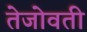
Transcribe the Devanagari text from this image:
तेजोवती